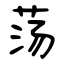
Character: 荡